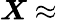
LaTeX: \boldsymbol{X}\approx